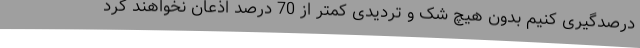
درصدگیری کنیم بدون هیچ شک و تردیدی کمتر از 70 درصد اذعان نخواهند کرد